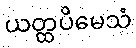
ယတ္ထပိမေသံ